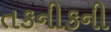
તકનીકની